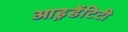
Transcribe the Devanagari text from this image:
आइ़डेंटिटी